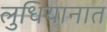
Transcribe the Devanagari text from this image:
लुधियानात